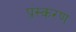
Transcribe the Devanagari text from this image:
प्रंस्करण